Indian journal of veterinary science and animal husbandry - Volumes 15-17, 1948-1951
Year: 1948
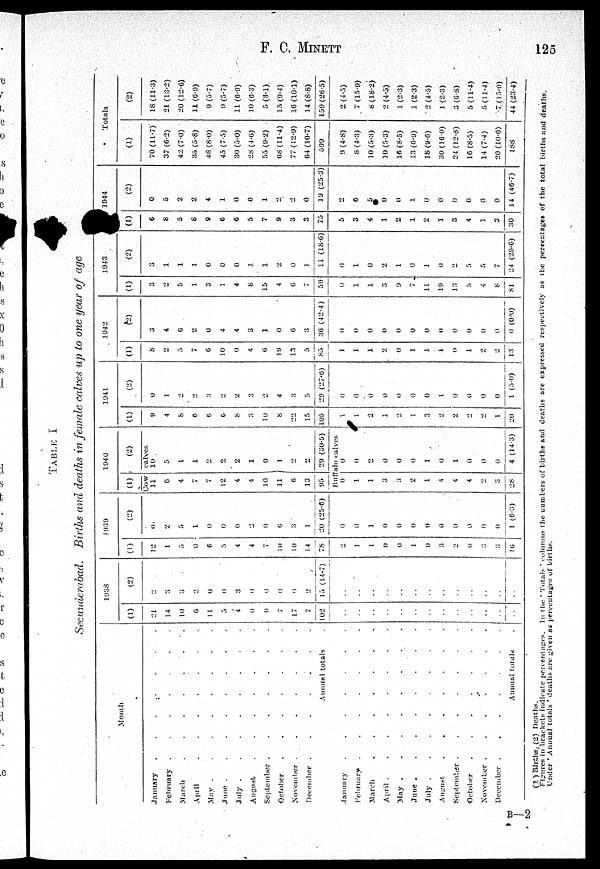
F. C. MINETT
125
TABLE I
Secunderabad. Births and deaths in female calves up to one year of age
Month
January
.
.
.
.
.
.
February .
.
.
.
.
.
.
March . . . . . . .
April . . . . . . .
May . . . . . . .
June . . . . . . .
July . . . . . . .
August . . . . . . .
September . . . . . . .
October . . . . . . .
November . . . . . . .
December . . . . . . .
Aunual totals .
January . . . . . . .
February. . . . . . . .
March . . . . . . .
April . . . . . . .
May . . . . . . .
June . . . . . . .
July . . . . . . .
August . . . . . . .
September . . . . . . .
October . . . . . . .
November . . . . . . .
December . . . . . . .
Annual totals.
1938
(1)
21
14
10
6
1 1
5
4
0
0
7
17
7
102
..
..
..
..
..
..
..
..
..
..
..
..
..
(2)
2
3
3
2
0
0
3
0
0
0
0
2
15 (14.7)
..
..
..
..
..
..
..
..
..
..
..
..
...
..
1939
(1)
12
1
5
0
6
5
4
4
7
10
10
14
78
2
1
1
0
0
1
0
3
2
0
3
3
16
(2)
0
2
5
1
0
0
0
2
0
6
3
1
20 (25.6)
0
0
1
0
0
0
0
0
0
0
0
0
1 (6.3)
1940
(1)
Cow
11
6
4
7
7
12
4
4
10
11
6
13
95
(2)
calves
10
5
1
1
2
2
2
1
0
1
2
2
29 (30.5)
Buffalo calves
0
1
1
3
3
2
1
4
4
4
2
3
28
0
0
2
0
0
0
1
0
1
0
0
0
4 (14.3)
1941
(1)
9
4
8
6
6
6
8
3
10
8
22
15
105
1
1
2
1
2
1
3
2
2
2
2
1
20
(2)
0
1
2
2
3
2
2
3
2
4
3
5
29 (27.6)
0
0
0
0
0
0
0
1
0
0
0
0
1 (5.0)
1942
(1)
8
2
5
7
6
10
0
4
6
19
13
5
85
1
1
1
2
0
1
1
1
0
1
2
2
13
(2)
3
4
6
2
0
4
4
3
1
0
6
3
36 (42.4)
0
0
0
0
0
0
0
0
0
0
0
0
0 (0.0)
1943
(1)
3
2
5
1
3
1
4
8
15
4
6
7
59
0
1
1
3
9
7
11
19
13
5
4
8
81
(2)
3
1
1
1
0
0
0
1
1
2
0
1
11 (18.6)
0
1
0
2
1
0
1
0
2
5
5
7
24 (29.6)
1944
(1)
6
8
5
8
9
6
6
5
7
9
3
3
75
5
3
4
1
2
1
2
1
3
4
1
3
30
(2)
0
5
2
2
4
1
0
0
1
2
2
0
19 (25.3)
2
6
5
0
0
1
0
0
0
0
0
0
14 (46.7)
Totals
(1)
70 (11.7)
37 (6.2)
42 (7.0)
35 (5.8)
48 (8.0)
45 (7.5)
30 (5.0)
28 (4.6)
55 (9.2)
68 (11.4)
77 (12.9)
64 (10.7)
599
9 (4.8)
8 (4.3)
10(5.3)
10 (5.3)
16 (8.5)
13 (6.9)
18 (9.6)
30 (16.0)
24 (12.8)
16 (8.5)
14 (7.4)
20 (10.6)
188
(2)
18 (11.3)
21 (13.2)
20 (12.6)
11 (6.9)
9 (5.7)
9 (5.7)
11 (6.9)
10 (6.3)
5 (3.1)
15 (9.4)
16 (10.1)
14 (8.8)
159 (26.5)
2 (4.5)
7 (15.9)
8 (18.2)
2 (4.5)
1 (2.3)
1 (2.3)
2 (4.5)
1 (2.3)
3 (6.8)
5 (11.4)
5 (11.4)
7 (15.9)
44 (23.4)
(1 ) Births, (2) Deaths.
Figures in brackets indicate percentages. In the ' Totals ' columns the numbers of births and deaths are expressed respectively as the percentages of the total births and deaths
Under ' Annual totals ' deaths are given as percentages of births.
B—2